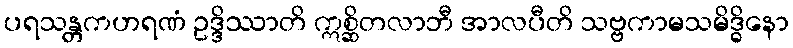
ပရသန္တကဟရဏံ ဥဒ္ဒိဿာတိ ဣစ္ဆိတလာဘီ အာလပီတိ သဗ္ဗကာမသမိဒ္ဓိနော